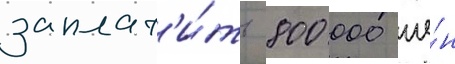
заплат'и́ть 800 000 ие́н